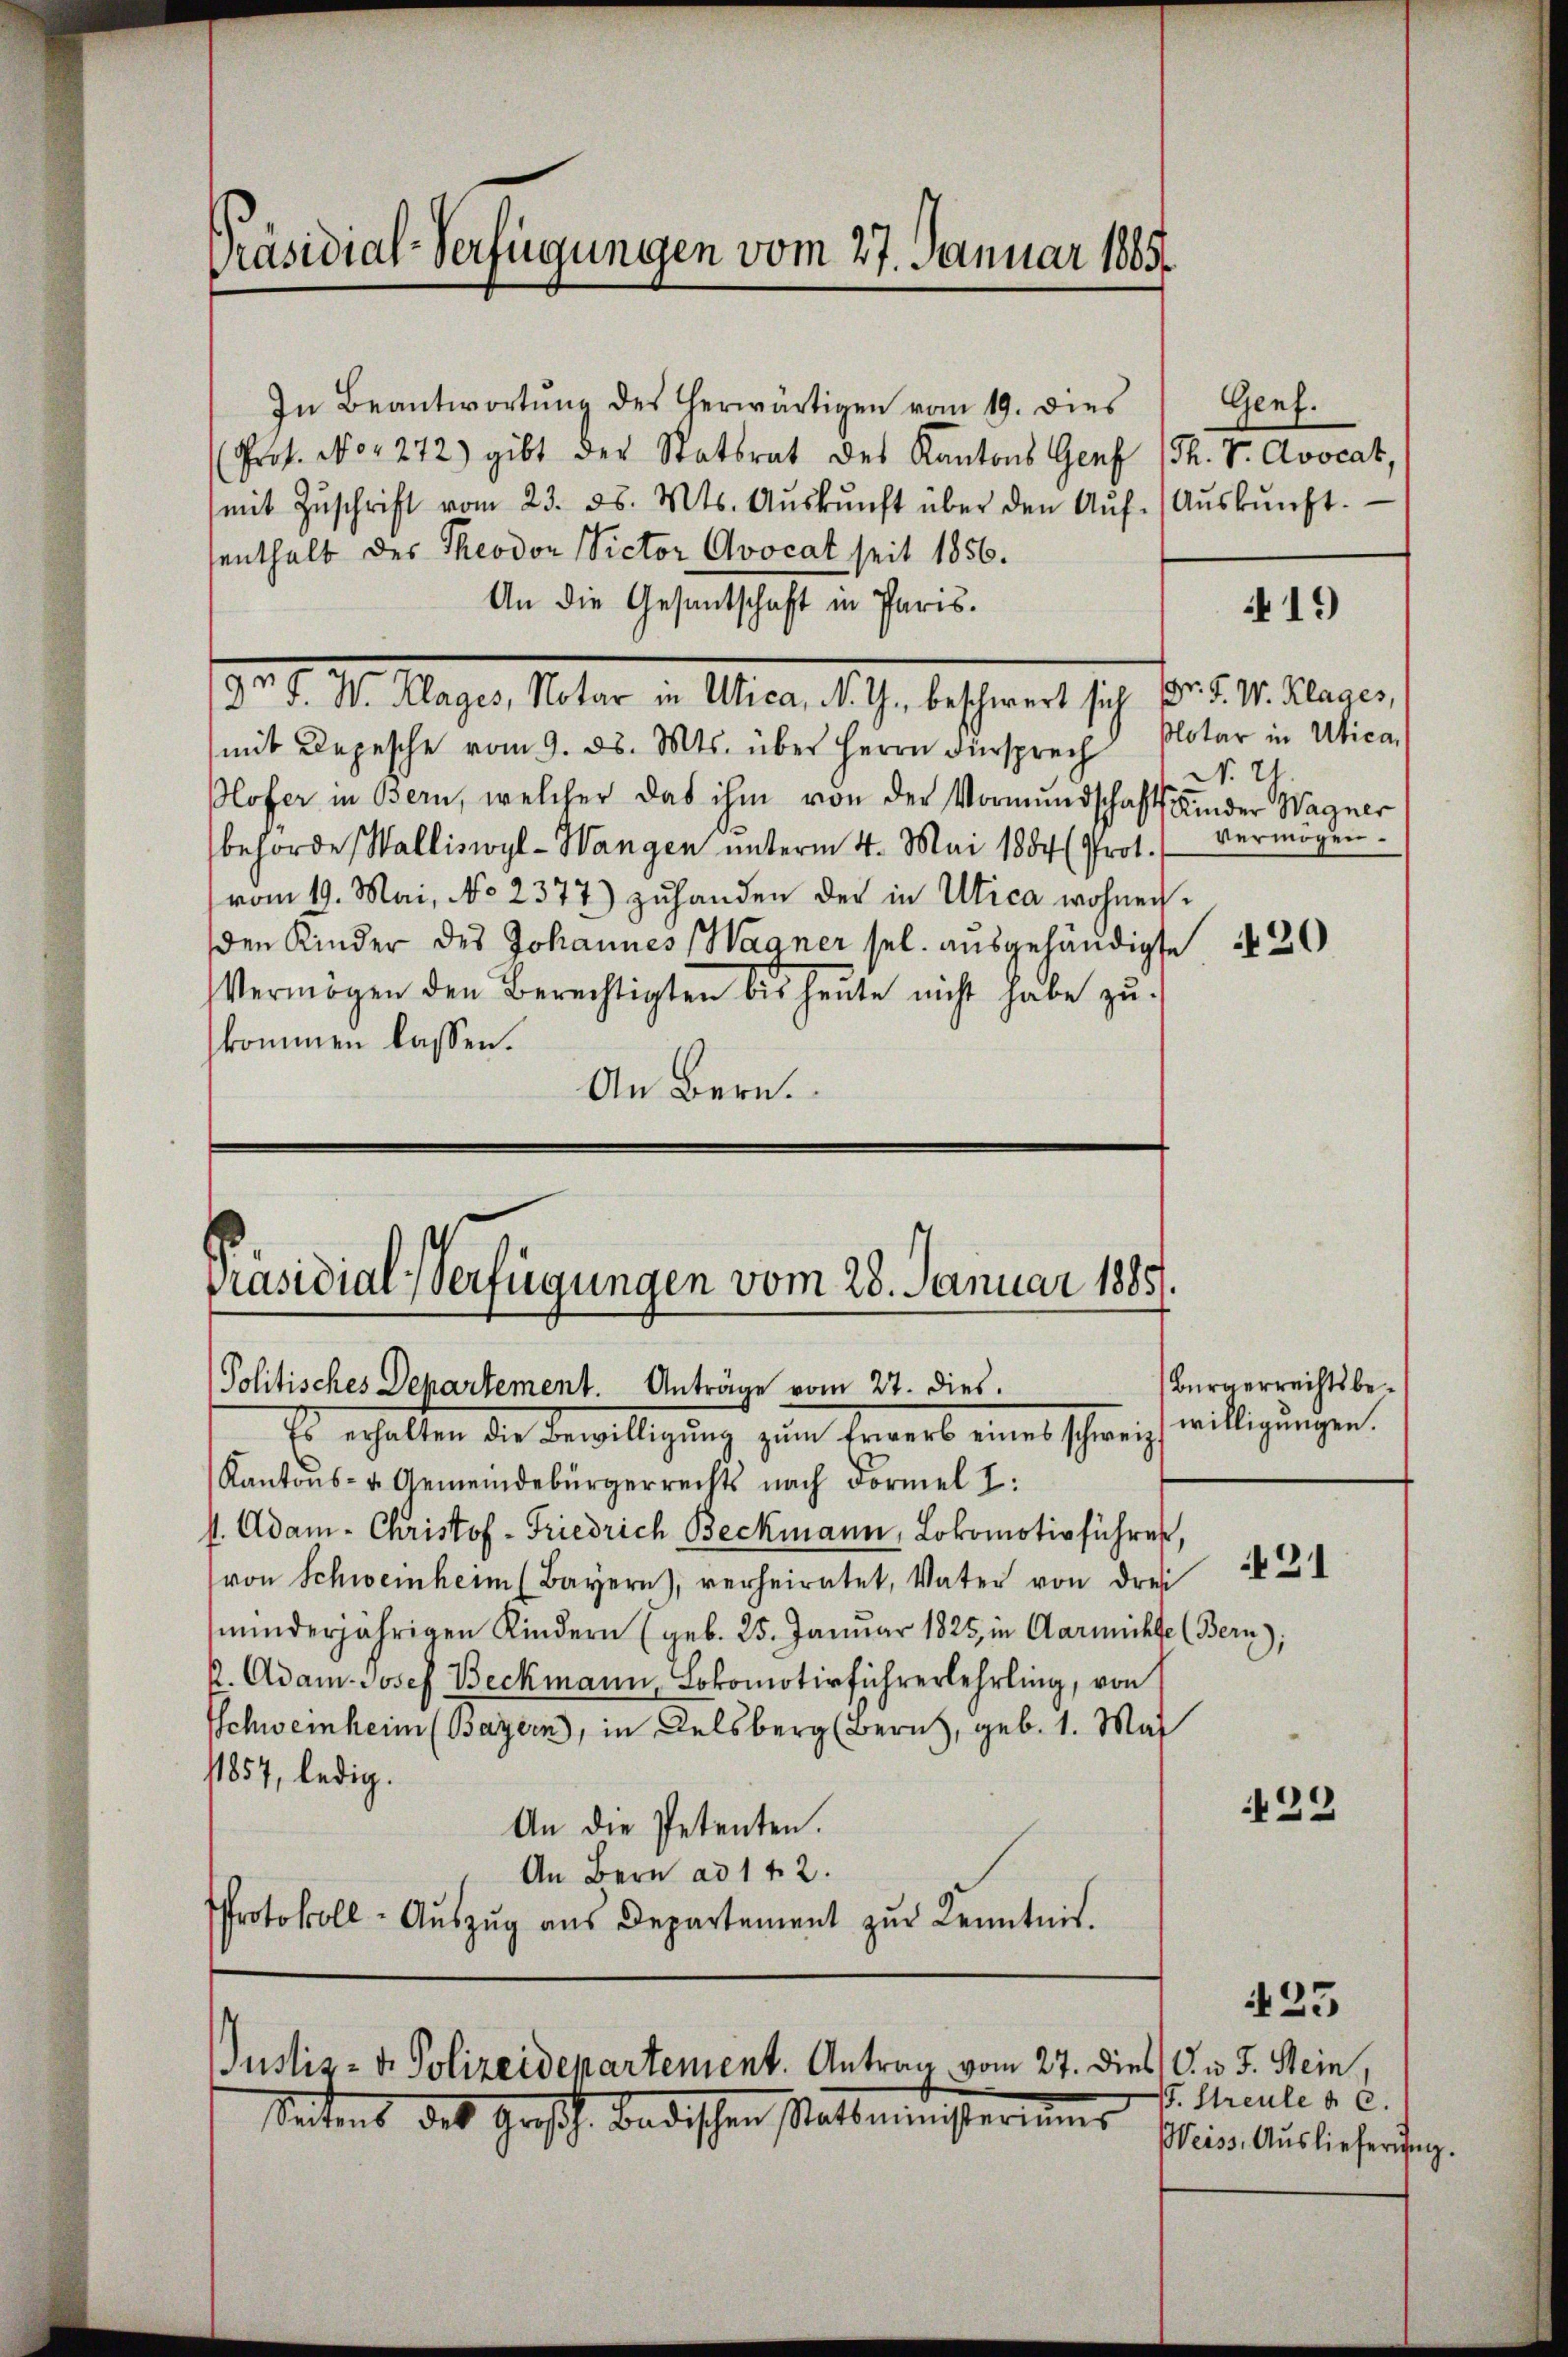
Präsidial-Verfügungen vom 27. Januar 1885.

In Beantwortŭng des herwärtigen vom 19. dies
Prof. No 1272) gibt der Statsrat des Kantons Genf (Th. v. Avocat,
mit Zŭschrift vom 23. ds. Mts. Aŭskŭnft über den Aŭf-Aŭskŭnft.
enthalt des Theodon Victor Ovocat seit 1856.
An die Gesantschaft in Paris.
.
9r F. W. Klages, Notar in Utica, N. G., beschwert sich
mit Depesche vom 9. ds. Mts. über Herrn Fürsprech Plotar in Ubica,
Plofer in Bern, welcher das ihm von der Vormundschafts Kinder Wagner
behörde Walliswyl- Wangen unterm 4. Mai 1884 (Prot. (vermögen.
vom 19. Mai, No 2377) zuhanden der in Utica wohnerden Kinder des Johannes Wagner sel. ausgehändigte
Vermögen den Berechtigten bis heŭte nicht habe zŭ
kommen lassen.
An Bern.

Präsidial-Verfügungen vom 28. Januar 1885.
Politisches Departement. Anträge vom 27. dies
Es erhalten die Bewilligŭng zum Erwerb eines schweiz

Kantons- u. Gemeindebürgerrechts nach Formel I
st. Adam - Christof - Friedrich Beckmann, Lokomotivführer,
von Schweinheim (Bayern), verheiratet, Vater von drei
minderjährigen Kindern (geb. 25. Januar 1825, in Garnichte (Bern);
P. Adam Josef Beckmann, Lokomotivführerlehrling, von
Schweinheim (Bayern, in Delsberg (Bern, geb. 1. Ma
11854, ledig.
An die Petenten.
An Bern ad 1 f 2.
Protokoll-Aŭszŭg aŭs Departement zŭr Kenntnis.

Justiz- & Polizeidepartement. Antrag vom 27. dies d. J. Stein,
Seitens des Großh. Badischen Ratsministeriums priv. Auslieferung.

Genf.

Dr. F. W. Klages,
N. U.

Bürgerrechtsbewilligungen.

419

420

421

429

1. Streule a. c.

433